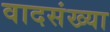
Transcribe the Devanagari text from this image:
वादसंख्या